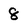
Character: 8